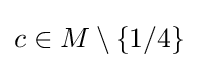
c\in M\setminus \left\{1/4\right\}